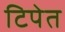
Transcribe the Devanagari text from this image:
टिपेत